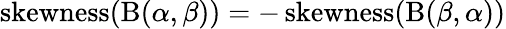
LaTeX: \operatorname{skewness}(\mathrm{B}(\alpha,\beta))=-\operatorname{skewness}(\mathrm{B}(\beta,\alpha))